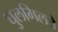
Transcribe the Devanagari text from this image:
घुलमिलते